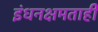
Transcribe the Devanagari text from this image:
इंधनक्षमताही